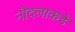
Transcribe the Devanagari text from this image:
नौदलाकडे